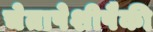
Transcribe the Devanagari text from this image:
चेतापेशीपैकी